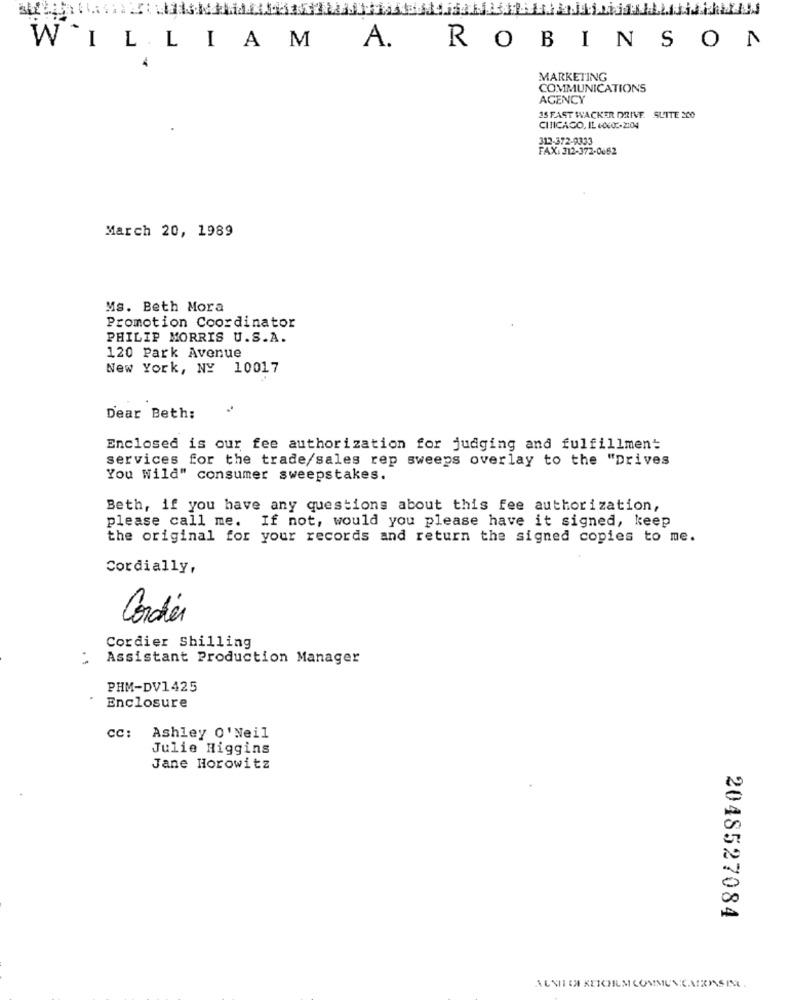
WILLIAM
A.
ROBINSON
MARKETING
COMMUNICATIONS
AGENCY
3S FAST WACKER DRIVE. SLITE 200
CITICACO, IL 60602-2104
313-372-9333
FAX: 312-372-0662
March 20, 1989
Ms. Beth Mora
Promotion Coordinator
PHILIP MORRIS U.S.A.
120 Park Avenue
New York, NY 10017
Dear Beth:
Enclosed is our fee authorization for judging and fulfillment
services for the trade/sales rep sweeps overlay to the "Drives
You Wild" consumer sweepstakes.
Beth, if you have any questions about this fee authorization,
please call me. If not, would you please have it signed, keep
the original for your records and return the signed copies to me.
Cordially,
Cordier
Cordier Shilling
Assistant Production Manager
PHM-DV1425
Enclosure
CC:
Ashley O' Neil
Julie Higgins
Jane Horowitz
2048527084
ALNIICH KEICHUM COMMUNCAIRNSING .